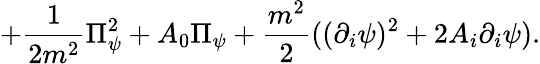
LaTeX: +{\frac{1}{2m^{2}}}\Pi_{\psi}^{2}+A_{0}\Pi_{\psi}+{\frac{m^{2}}{2}}((\partial_{i}\psi)^{2}+2A_{i}\partial_{i}\psi).